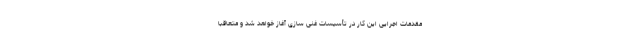
مقدمات اجرایی این کار در تأسیسات غنی سازی آغاز خواهد شد و متعاقبا